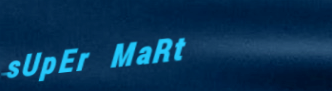
sUpEr MaRt